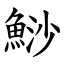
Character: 鯋